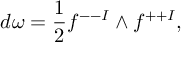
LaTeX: d \omega = { \frac { 1 } { 2 } } f ^ { -- I } \wedge f ^ { + + I } ,